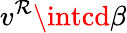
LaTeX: v^{\mathcal{R}}\intcd\beta